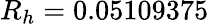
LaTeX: R_{h}=0.05109375